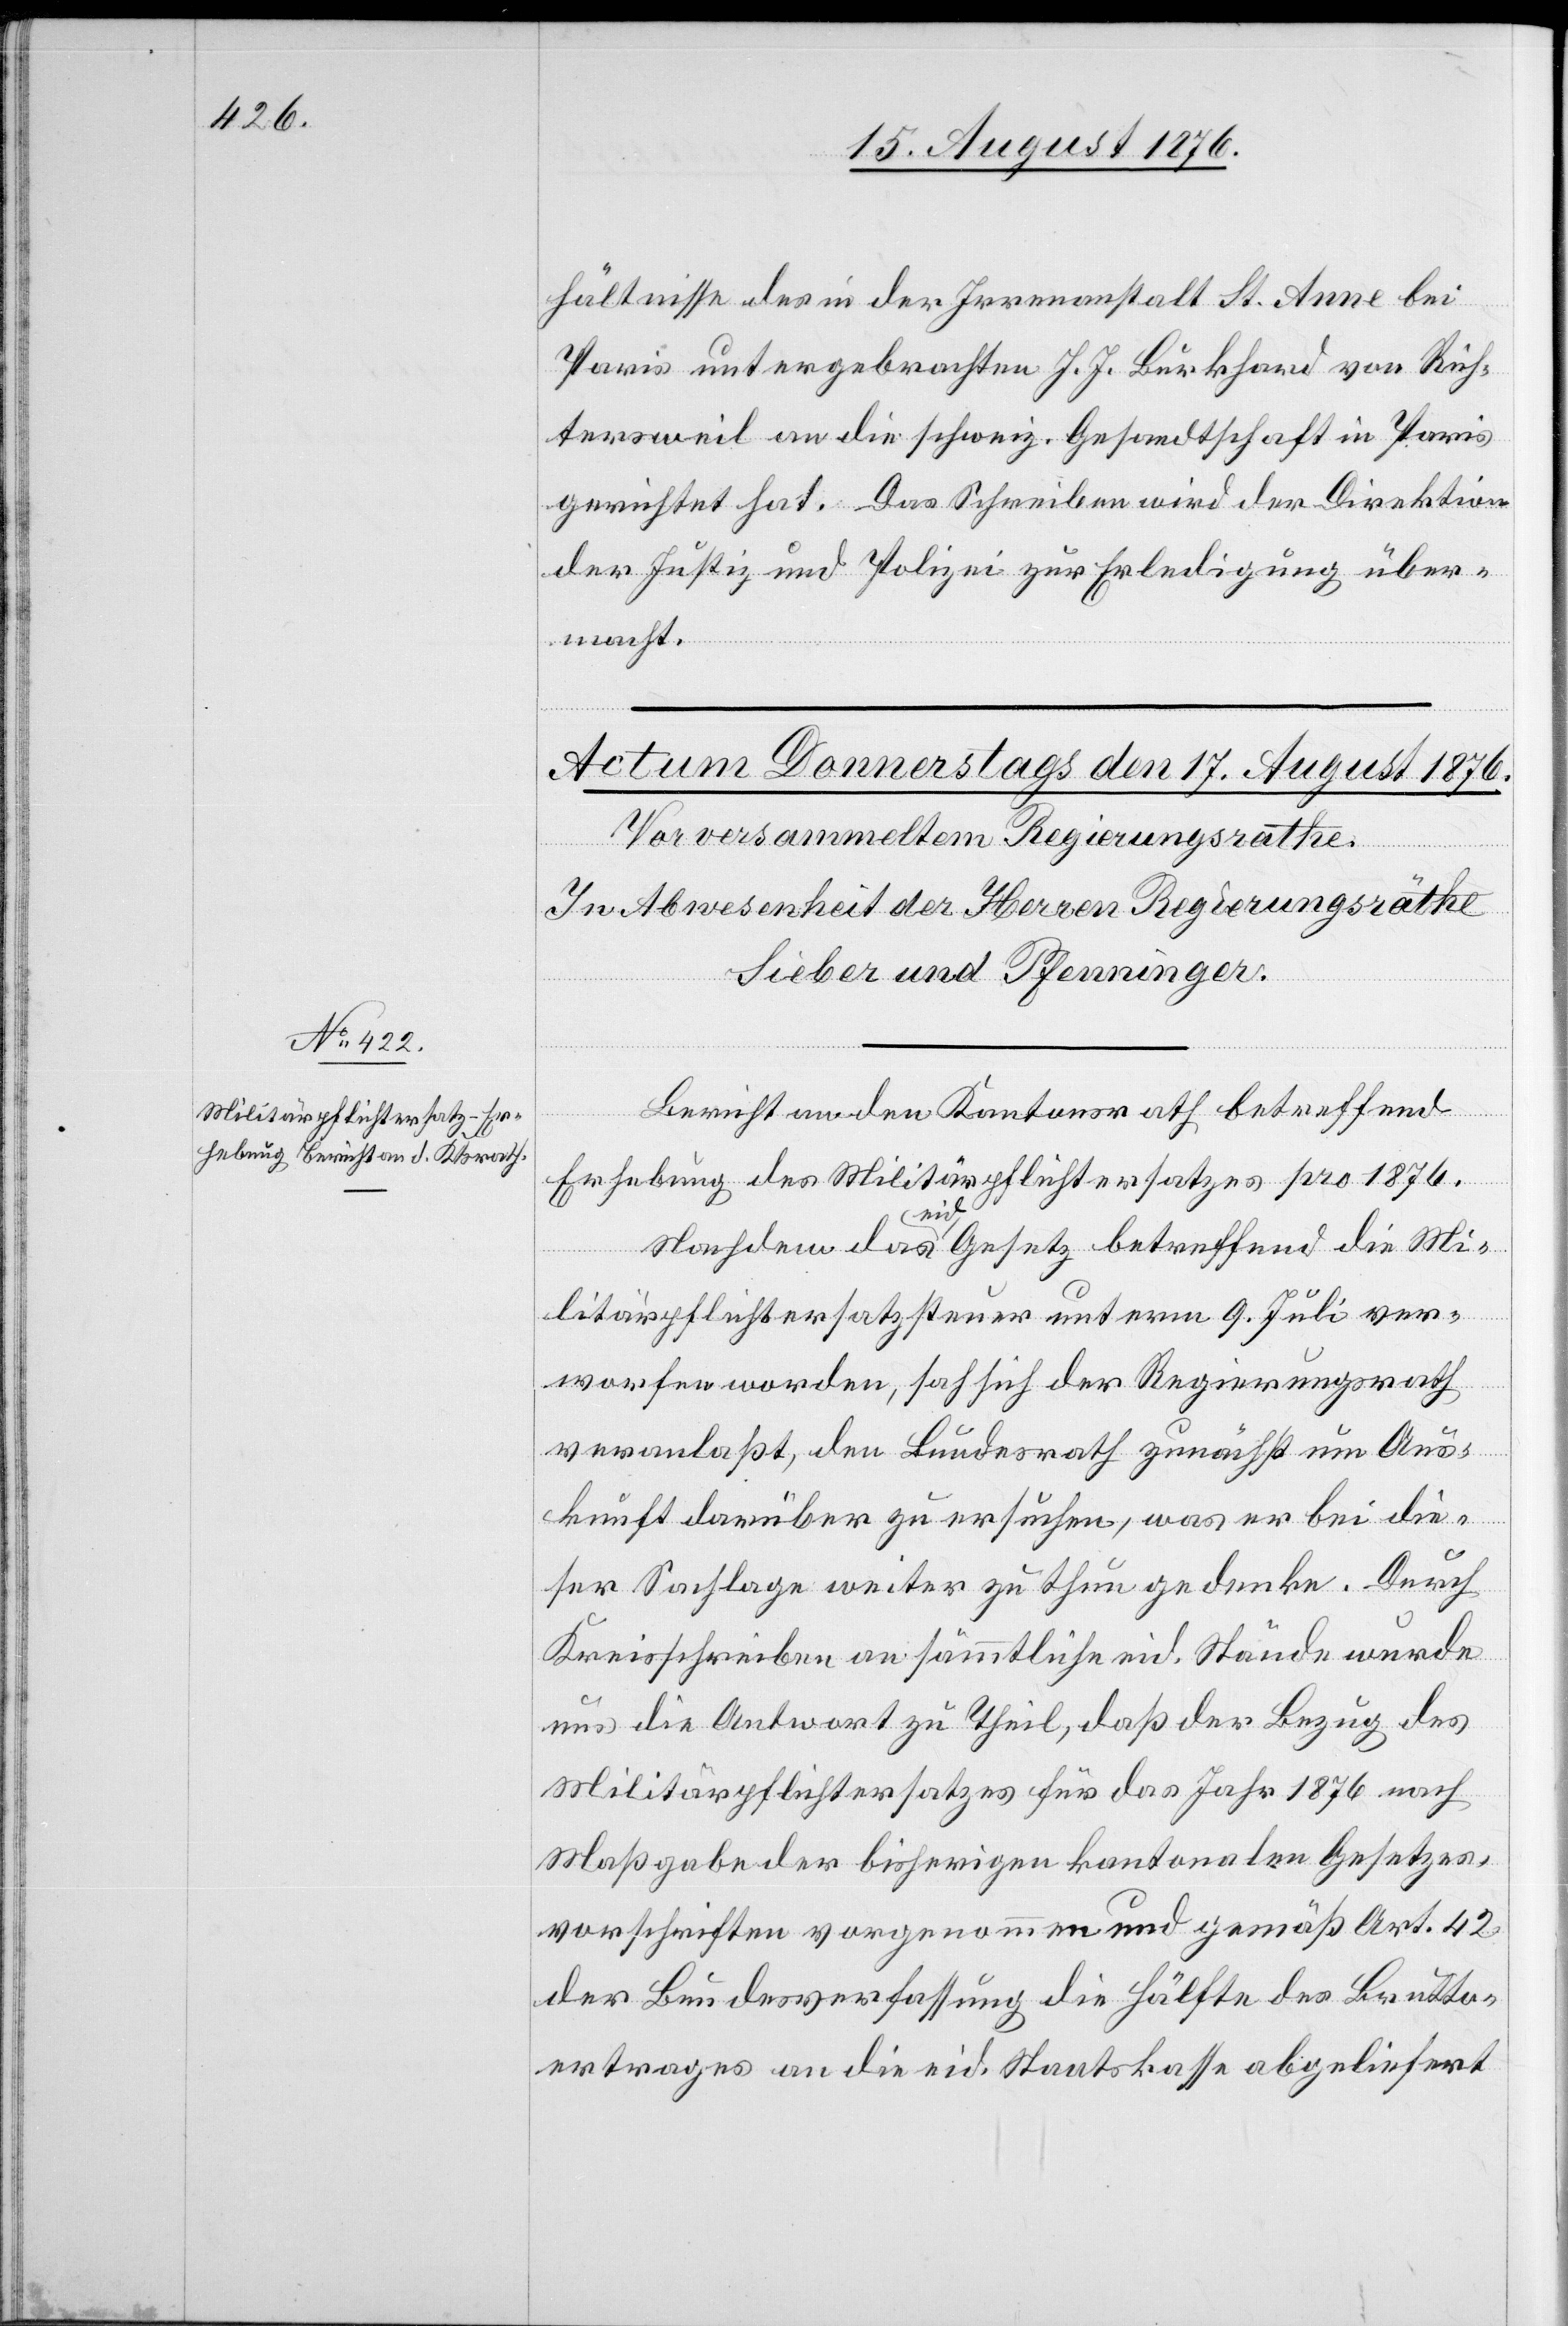
hältnisse des in der Irrenanstalt St. Anne bei
Paris untergebrachten J. J. Burkhard von Rich¬
tersweil an die schweiz. Gesandtschaft in Paris
gerichtet hat. Das Schreiben wird der Direktion
der Justiz und Polizei zur Erledigung über¬
macht.
Bericht an den Kantonsrath betreffend
Erhebung des Militärpflichtersatzes pro 1876.
Nachdem das eid. Gesetz betreffend die Mi¬
litärpflichtersatzsteuer unterm 9. Juli ver¬
worfen worden, sah sich der Regierungsrath
veranlaßt, den Bundesrath zunächst um Aus¬
kunft darüber zu ersuchen, was er bei die¬
ser Sachlage weiter zu thun gedenke. Durch
Kreisschreiben an sämmtliche eid. Stände wurde
uns die Antwort zu Theil, daß der Bezug des
Militärpflichtersatzes für das Jahr 1876 nach
Maßgabe der bisherigen kantonalen Gesetzes¬
vorschriften vorgenommen und gemäß Art. 42
der Bundesverfassung die Hälfte des Brutto¬
ertrages an die eid. Staatskasse abgeliefert